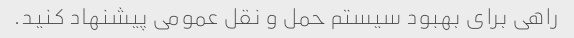
راهی برای بهبود سیستم حمل و نقل عمومی پیشنهاد کنید.